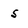
Character: 5